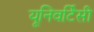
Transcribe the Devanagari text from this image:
यूनिवर्टिसी